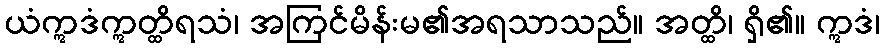
ယံဣဒံဣတ္ထိရသံ၊ အကြင်မိန်းမ၏အရသာသည်။ အတ္ထိ၊ ရှိ၏။ ဣဒံ၊